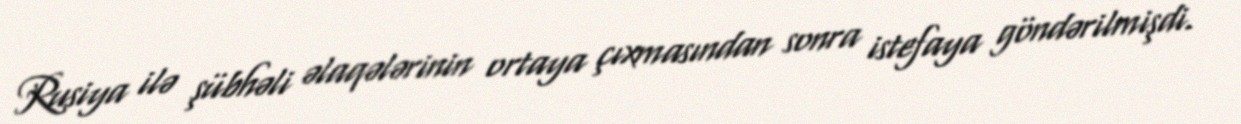
Rusiya ilə şübhəli əlaqələrinin ortaya çıxmasından sonra istefaya göndərilmişdi.